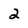
Character: 2